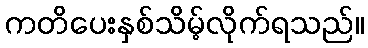
ကတိပေးနှစ်သိမ့်လိုက်ရသည်။